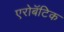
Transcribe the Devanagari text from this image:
एरोबॅटिक